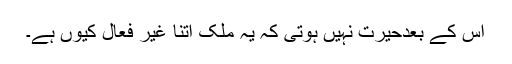
اس کے بعدحیرت نہیں ہوتی کہ یہ ملک اتنا غیر فعال کیوں ہے۔